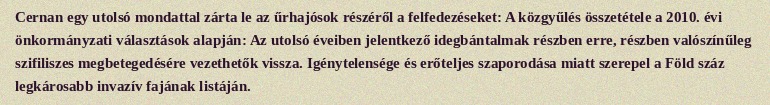
Cernan egy utolsó mondattal zárta le az űrhajósok részéről a felfedezéseket: A közgyűlés összetétele a 2010. évi önkormányzati választások alapján: Az utolsó éveiben jelentkező idegbántalmak részben erre, részben valószínűleg szifiliszes megbetegedésére vezethetők vissza. Igénytelensége és erőteljes szaporodása miatt szerepel a Föld száz legkárosabb invazív fajának listáján.